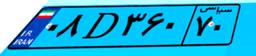
۰۸D۳۶۰۷۰